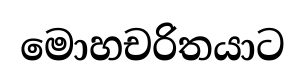
මොහචරිතයාට